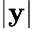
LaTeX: |\mathbf{y}|